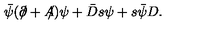
\bar { \psi } ( \partial \! \! \! \slash + A \! \! \! \slash ) \psi + \bar { D } s \psi + s \bar { \psi } D .